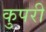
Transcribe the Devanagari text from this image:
कुपरी